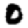
Digit: 0